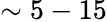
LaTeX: \sim 5-15